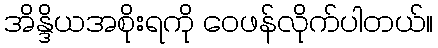
အိန္ဒိယအစိုးရကို ဝေဖန်လိုက်ပါတယ်။